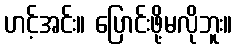
ဟင့်အင်း။ ပြောင်းဖို့မလိုဘူး။